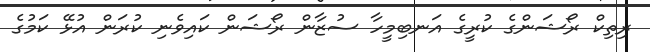
ރިތިކް ރޯޝަންގެ ކުރީގެ އަނބިމީހާ ސުޒާން ރޯޝަން ކައިވެނި ކުރަން އުޅޭ ކަމުގެ